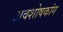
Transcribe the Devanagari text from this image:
अवशोषकांग